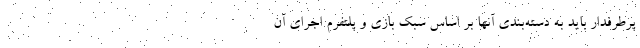
پرطرفدار باید به دسته‌بندی آنها بر اساس سبک بازی و پلتفرم اجرای آن